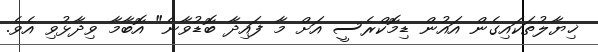
ޚިޔާލުތަކައިގެން އައުން ޑިމޮކްރެސީ އަށް މާ ފައިދާ ބޮޑުވާނެ" އޮބާމާ ވިދާޅުވި އެވެ.